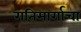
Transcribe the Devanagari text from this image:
गतिमार्गाचा